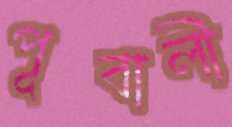
পূবালী